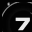
Digit: 7